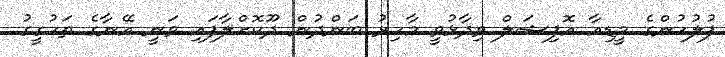
ފުލުހުންގެ މީޑިއާ އޮފިޝަލް ވިދާޅުވީ މާހިރު ބަންދުން ދޫކޮށްލާފައި ވަނީ އޭނާގެ ތަހުގީގު